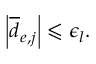
\left\lvert \overline { { d } } _ { e , j } \right\rvert \leqslant \epsilon _ { l } .